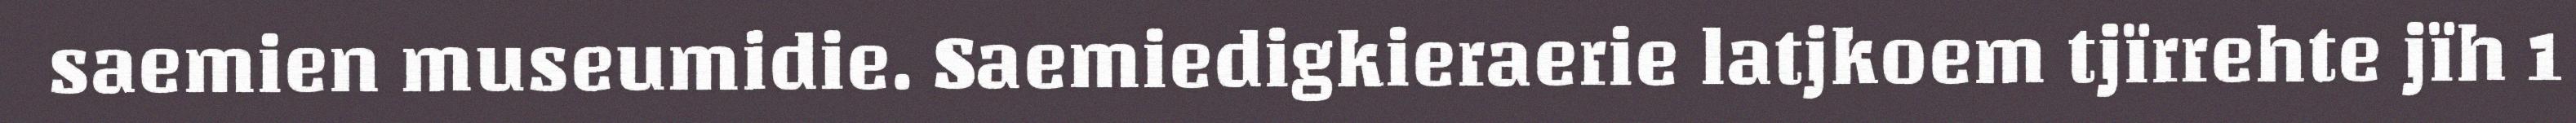
saemien museumidie. Saemiedigkieraerie latjkoem tjïrrehte jïh 1